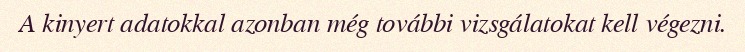
A kinyert adatokkal azonban még további vizsgálatokat kell végezni.